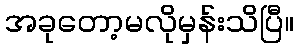
အခုတော့မလိုမှန်းသိပြီ။